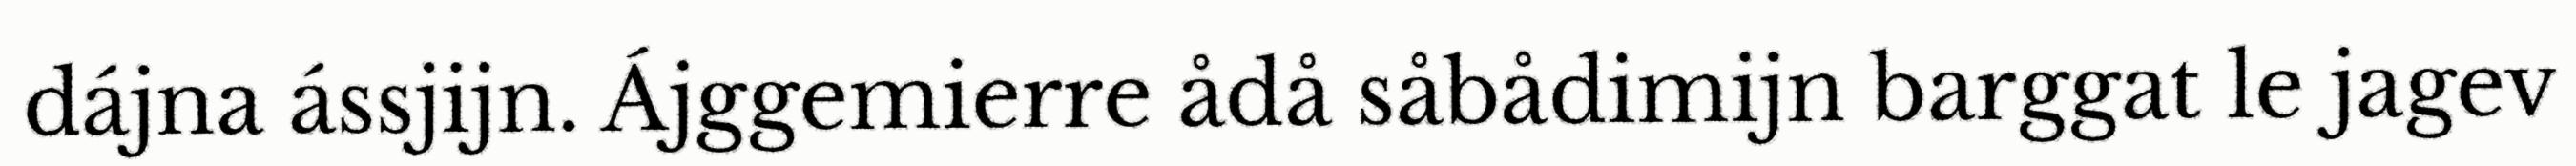
dájna ássjijn. Ájggemierre ådå såbådimijn barggat le jagev